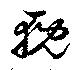
輗